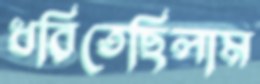
ধরিতেছিলাম